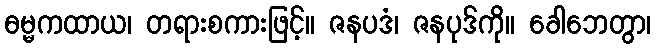
ဓမ္မကထာယ၊ တရားစကားဖြင့်။ ဇနပဒံ၊ ဇနပုဒ်ကို။ ခေါဘေတွာ၊